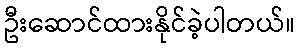
ဦးဆောင်ထားနိုင်ခဲ့ပါတယ်။